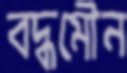
বদ্ধমৌন